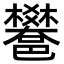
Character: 𨟄